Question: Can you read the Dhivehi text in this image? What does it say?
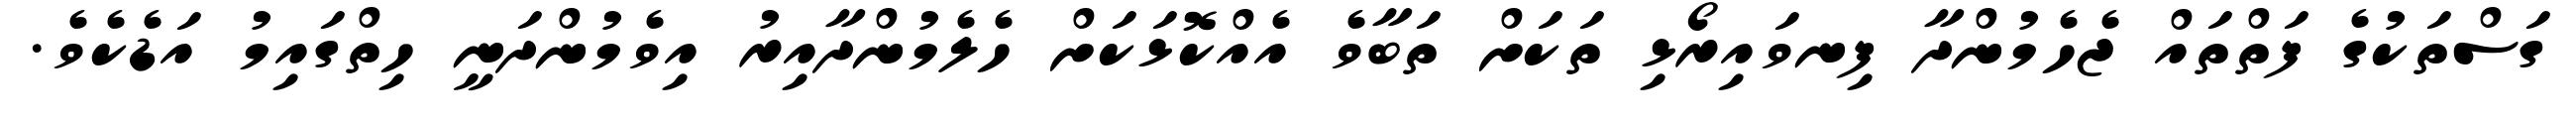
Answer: ގަސްތަކުގެ ފަތްތައް ޖެހެމުންދާ ފިނވައިރޯޅި ތަކަށް ތަބާވެ އެއްކޮޅަކަށް ހެލެމުންދާއިރު އިވެމުންދަނީ ހިތްގައިމު އަޑެކެވެ.